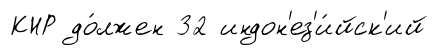
КНР до́лжен 32 индон'ез'и́йск'ий